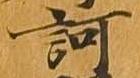
訶